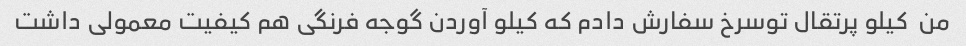
من  کیلو پرتقال توسرخ سفارش دادم که کیلو آوردن گوجه فرنگی هم کیفیت معمولی داشت